Vaccination in Bombay 1889-1901 - 1889-1901
Year: 1889
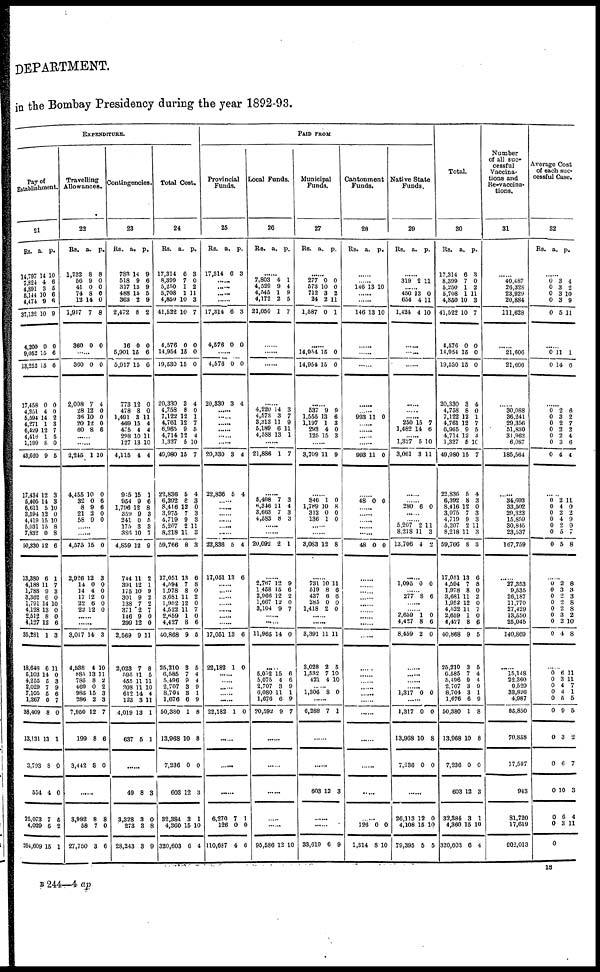
DEPARTMENT.
in the Bombay Presidency during the year 1892-93.
EXPENDITURE.
Pay of
Establishment.
21
Rs.
14,797
7,824
4,891
5,144
4,474
37,132
4,200
9,052
13,252
17,458
4,251
5,594
4,271
6,429
4,416
1,199
43,620
17,434
5,405
6,611
3,594
4,419
5,031
7,832
50,330
13,380
4,188
1,788
3,362
1,791
4,128
2,512
4,127
35,281
18,648
5,103
4,255
2,029
7,105
1,267
38,409
13,131
3,793
554
25,073
4,029
264,609
a.
14
4
3
10
9
10
0
15
15
0
4
14
1
12
1
8
9
12
14
5
12
15
15
0
12
6
11
9
6
14
13
8
12
1
6
14
5
7
5
0
8
13
8
4
7
5
15
p.
10
6
5
6
6
9
0
6
6
0
0
2
3
7
5
0
5
3
3
10
0
10
8
8
6
1
7
3
0
10
0
0
6
3
11
0
3
9
6
7
0
1
0
0
5
2
1
Travelling
Allowances.
22
Rs.
1,732
56
41
74 12
1,917
360
a.
8
9
0
8 14
7
0
p.
8
0
0
0 0
8
0
......
360
2,098
28
36
20
60
0
7
12
10
12
8
0
4
0
0
0
6
......
......
2,245
4,455
32
8
21
58
1
10
0
9
2 9
10
0
6
6
0
0
......
......
4,575
2,926
14
14
17
22
22
15
12
0
4
12
6
12
0
3
0
0
0
0
0
......
......
3,017
4,538
885
785
469
985
286
7,950
199
3,442
14
4
13
8
0
15
2
12
8
8
3
10
11
2
2 3
3
7
6
0
......
3,982
58
27,750
8
7
3
8
0
6
Contingencies.
23
Rs.
783
518
317
488 363
2,472
16
5,901
5,917
773
478
1,491
469
475
298
127
4,115
915
954
1,796
359
241
175
386
4,859
744
391
175
301
138
371
146
299
2,569
2,023
595
455
208
612
123
4,019
637
a.
14
9
13
15 2
8
0
15
15
12
8
3
15
4
10
13
4
15
9
12
9
0
3
10
12
11
12
10
9
7
2
9
12
9
7
11
11
11
14
3
13
5
p.
9
6
9
5 9
2
0
6
6
0
0
11 4
4
11
10
4
1
6
8
3
5
3
7
9
2
1
9
2
2
7
0
0
11
8
5
11
10
4
11
1
1
......
49
3,328
273
28,243
8
3
3
3
3
0
8
9
Total Cost.
24
Rs.
17,314
8,399
5,250
5,708 4,850
41,522
4,576
14,954
19,530
20,330
4,758
7,122
4,761
6,965
4,714
1,327
49,980
22,836
6,392
8,416
3,975
4,719
5,207
8,218
59,766
17,051
4,594
1,978
3,681
1,952
4,522
2,659
4,427
40,868
25,210
6,585
5,496
2,707
8,704
1,676
50,380
13,968
7,236
603
32,384
4,360
320,603
a.
6
7
1
1 10
10
0
15
15
3
8
12
12
9
12
5
15
5
8
12
7
9
2
11
8
13
7
8
11
12
11
1
8
9
3
7
9
3
3
6
1
10
0
12
3
15
6
p.
3
0
2
11 3
7
0
0
0
4
0
1
7
5
4
10
7
4
3
0
3
3
11
3
3
6
8
0
2
0
7
0
6
5
5
4
4
9
1
9
8
8
0
3
1
10
4
PAID FROM
Provincial
Funds.
25
Rs.
17,314
a.
6
p.
3
...... ......
......
......
17,314
4,576
6
0
3
0
......
4,576
20,330
0
3
0
4
......
......
......
......
......
......
20,330
22,836
3
5
4
4
......
......
......
......
......
......
22,836
17,051
5
13
4
6
......
......
......
...... ......
......
......
17,051
22,182
13
1
6
0
......
......
...... ...... ......
22,182 1 0
......
.
......
6,270
126
110,687
7
0
4
1
0
6
Local Funds.
26
Rs. a. p.
......
7,803
4,529
4,345 4,172
21,050
4
9
1 2
1
1
4
9 5
7
......
......
......
......
4,220
4,573
3,313
5,189
4,588
14
3
11
6
13
3
7
9
11
1
......
21,886 1 7
......
5,498
6,346
3,663
4,583
7
11
7
8
3
4
3
3
......
......
20,092 2 1
......
2,767
1,458
2,966
1,667
3,104
12
15
12
12
9
9
6
2
0
7
......
......
11,965 14 0
......
5,052
5,075
2,707
6,080
1,676
20,592
15
4
3
11
6
9
6
6
9
1
9
7
......
......
......
......
......
95,586 12 10
Municipal
Funds.
27
Rs. a. p.
......
277
573
712 24
1,587
0
10
3 2
0
0
0
2 11
1
......
14,954
14,954
15
15
0
0
......
537
1,555
1,197
293
125
9
13
1
4
l5
9
6
3
0
3
......
3,709 11 9
......
846
1,789
312
136
1
10
0
1
0
8
0
0
......
......
3,083 12 8
......
731
519
437
285
1,418
10
8
6
0
2
11
6
6
0
0
......
......
3,391
3,028
1,532
421
11
2
7
4
11
5
10
10
......
1,306 8 0
......
6,288 7 1
......
......
603 12 3
......
33,619 6 9
Cantonment
Funds.
28
Rs.
a.
p.
......
...... 146 13 10
......
......
146 13 10
......
......
......
......
...... 993 11 0
......
......
......
......
993 11 0
......
48 0 0
......
......
......
......
......
48 0 0
......
......
......
......
...... ......
......
......
......
......
......
......
...... ......
......
......
......
......
......
......
126
1,314
0
8
0
10
Native State
Funds.
29
Rs. a. p.
......
319 2 11
......
450 654
1,424
13
4
4
0
11
10
......
......
......
......
......
...... 250
1,482
15
14
7
6
...... 1,327
3,061
5
3
10
11
......
...... 280 6 0
......
...... 5,207
8,218
13,706
2
11
4
11
3
2
......
1,095 0 0
...... 277 8 6
...... ...... 2,659
4,427
8,459
1
8
2
0
6
0
......
......
......
...... 1,317 0 0
......
1,317
13,968
7,236
0
10
0
0
8
0
......
26,113
4,108
79,395
12
15
5
0
10
5
Total.
30
Rs.
17,314
8,399
5,250
5,708
4,850
41,522
4,576
14,954
19,530
20,330
4,758
7,122
4,761
6,965
4,714
1,327
49,980
22,836
6,392
8,416
3,975
4,719
5,207
8,218
59,766
17,051
4,594
1,978
3,681
1,952
4,522
2,659
4,427
40,868
25,210
6,585
5,496
2,707
8,704
1,676
50,380
13,968
7,236
603
32,384
4,360
320,603
a.
6
7
1
1
10
10
0
15
15
3
8
12
12
9
12
5
15
5
8
12
7
9
2
11
8
13
7
8
11
12
11
1
8
9
3
7
9
3 3
6
1
10
0
12
3
15
6
p.
3
0
2
11
3
7
0
0
0
4
0
1
7
5
4
10
7
4
3
0
3
3
11
3
3
6
8
0
2
0 7
0
6
5
5
4
4
9
1
9
8
8
0
3
1
10
4
Number
of all suc-
cessful
Vaccina-
tions and
Re-vaccina-
tions.
31
......
40,487
26,328
23,929
20,884
111,628
......
21,606
21,606
......
30,088
36,241
29,356
51,830
31,962
6,087
185,564
......
34,693
33,502
29,323
15,859
30,845
23,537
167,759
......
27,353
9,535
26,187
11,770
27,429
13,550
25,045
140,869
......
15,148
22,360
9,529
33,826
4,987
85,850
70,858
17,597
943
81,720
17,619
902,013
Average Cost
of each suc¬
cessful Case.
32
Rs.
a.
p.
......
0
0
0
0
0
3
3
3
3
5
4
2
10
9
11
......
0
0
11
14
1
6
......
0
0
0
0
0
0
0
2
3
2
2
2
3
4
6
2
7
2
4
6
4
......
0
0
0
0
0
0
0
2
4
2
4
2
5
5
11
0
2
9
9
7
8
......
0
0
0
0
0
0
0
0
2
3
2
2
0
3
2
4
8
3
3
8
8
2
10
8
......
0
0
0
0
0
0
0
0
0
0
0
6
3
4
4
5
9
3
6
10
6
3
11
11
7
1
5
5
2
7
3
4
11
0
B 244—4 ap
13